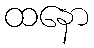
ထနော